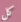
كل